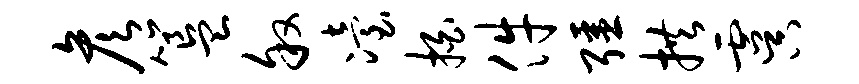
彦簋叙冶拍件强拱虞